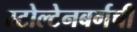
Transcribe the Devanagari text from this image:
स्टोल्टेनबर्गची